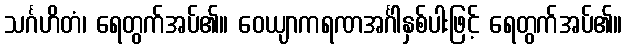
သင်္ဂဟိတံ၊ ရေတွက်အပ်၏။ ဝေယျာကရဏအင်္ဂါနှစ်ပါးဖြင့် ရေတွက်အပ်၏။